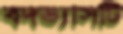
বদভ্যাসটি